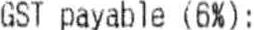
GST PAYABLE (6%):